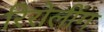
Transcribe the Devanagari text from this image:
रिरोलींग